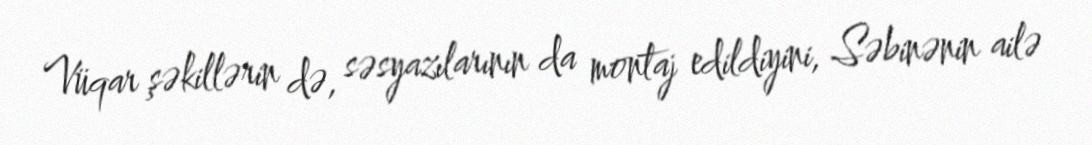
Vüqar şəkillərin də, səsyazılarının da montaj edildiyini, Səbinənin ailə